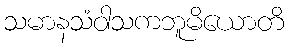
သမာနသံဝါသကဘူမိယောတိ